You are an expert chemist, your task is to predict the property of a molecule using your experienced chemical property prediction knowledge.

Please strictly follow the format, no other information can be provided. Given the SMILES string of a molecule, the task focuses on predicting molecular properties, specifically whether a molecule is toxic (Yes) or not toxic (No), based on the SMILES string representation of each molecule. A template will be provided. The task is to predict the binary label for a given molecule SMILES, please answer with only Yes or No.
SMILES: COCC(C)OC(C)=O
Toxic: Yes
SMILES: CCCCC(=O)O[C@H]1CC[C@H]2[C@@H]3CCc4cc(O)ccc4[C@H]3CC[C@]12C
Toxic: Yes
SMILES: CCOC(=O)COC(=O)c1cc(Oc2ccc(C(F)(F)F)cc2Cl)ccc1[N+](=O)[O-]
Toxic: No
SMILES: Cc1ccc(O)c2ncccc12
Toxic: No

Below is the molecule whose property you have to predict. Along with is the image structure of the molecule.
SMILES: O=C1CN=C(c2ccccc2)c2cc(Cl)ccc2N1
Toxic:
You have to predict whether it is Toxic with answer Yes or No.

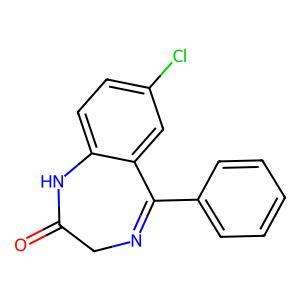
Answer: No